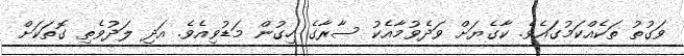
ވަގުތު ތަކެއްކަމުގައެވެ. ކާގެޔަށް ވަދެވުމާއެކު ސާރާގެ ހިގުން މަޑުވިއެވެ. އަދި ލަދުވެތި ގޮތަކަށް